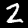
Digit: 2